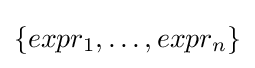
\{expr_{1},\dots ,expr_{n}\}